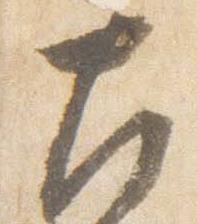
左